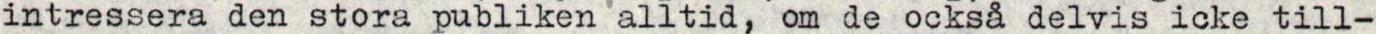
intressera den stora publiken alltid, om de också delvis icke till-